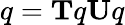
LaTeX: q=\mathbf{T}q\mathbf{U}q